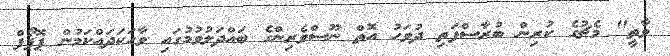
ވާތީ" މެޗުގެ ކުރިން ބުރާސްފަތި ދުވަހު އޮތް ނޫސްވެރިންގެ ބައްދަލުވުމުގައި ވާހަކަދައްކަމުން ޕޮޕޯފް